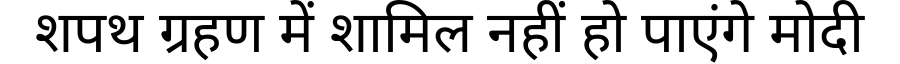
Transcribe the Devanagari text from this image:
शपथ ग्रहण में शामिल नहीं हो पाएंगे मोदी